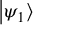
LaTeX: \left| \psi _ { 1 } \right\rangle